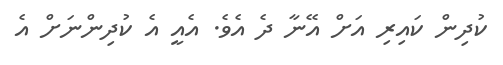
ކުދިން ކައިރި އަަށް އޭނާ ދެ އެވެ. އެއީ އެ ކުދިންނަށް އެ